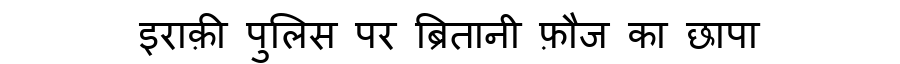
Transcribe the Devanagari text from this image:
इराक़ी पुलिस पर ब्रितानी फ़ौज का छापा